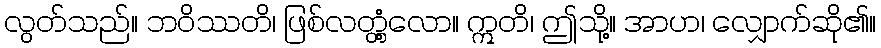
လွတ်သည်။ ဘဝိဿတိ၊ ဖြစ်လတ္တံ့လော။ ဣတိ၊ ဤသို့။ အာဟ၊ လျှောက်ဆို၏။